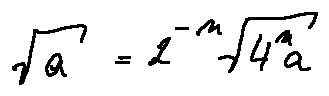
\sqrt { a } = 2 ^ { - n } \sqrt { 4 ^ { n } a }